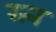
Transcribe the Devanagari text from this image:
रत्‍न